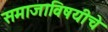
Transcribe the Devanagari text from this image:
समाजाविषयीचे